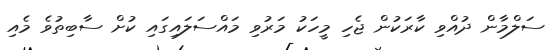
ސަލްމާން ދުއްވި ކާރަކުން ޖެހި މީހަކު މަރުވި މައްސަލައިގައި ކުށް ސާބިތުވެ މެއި